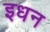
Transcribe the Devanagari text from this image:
इधन